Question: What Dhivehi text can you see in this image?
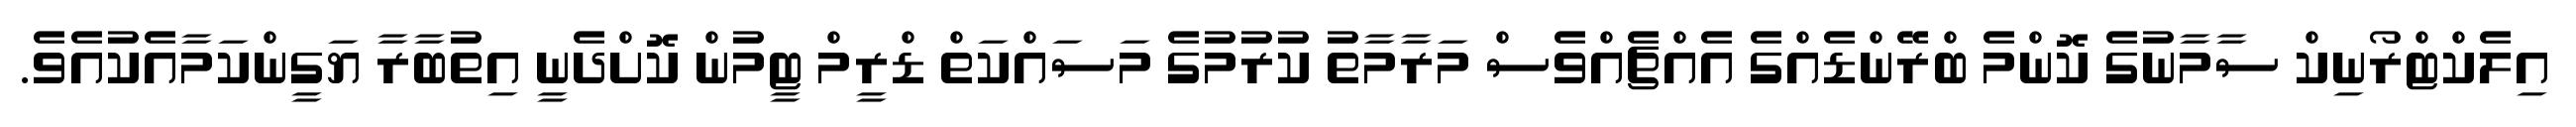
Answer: އިލެކްޓްރޯނިކް ސާމާނުގެ ކޮންމެ ބްރޭންޑެއްގެ އެއްޗެއްވެސް މަރާމާތު ކުރުމުގެ މަސައްކަތް ޑްރީމް ޓީމުން ކޮށްދެނީ އިތުބާރާ ޔަގީންކަމާއެކުއެވެ.